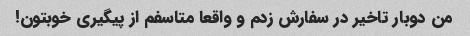
من دوبار تاخیر در سفارش زدم و واقعا متاسفم از پیگیری خوبتون!